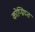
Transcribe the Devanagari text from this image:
कोप्य्रिघ्त